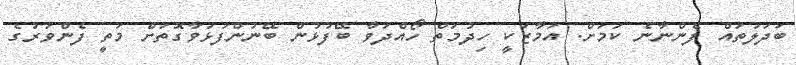
ބަދަލުތައް ފެންނާނެ ކަމަށް. އަމާޒަކީ ހިދުމަތް ހޯއްދަވާ ބޭފުޅުން ބޭނުންފުޅުވާގޮތަށް މަތީ ފެންވަރުގެ